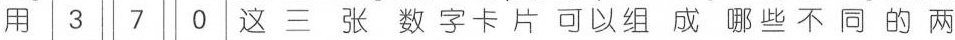
用\square{3}\square{7}\square{0}这三张数字卡片可以组成哪些不同的两